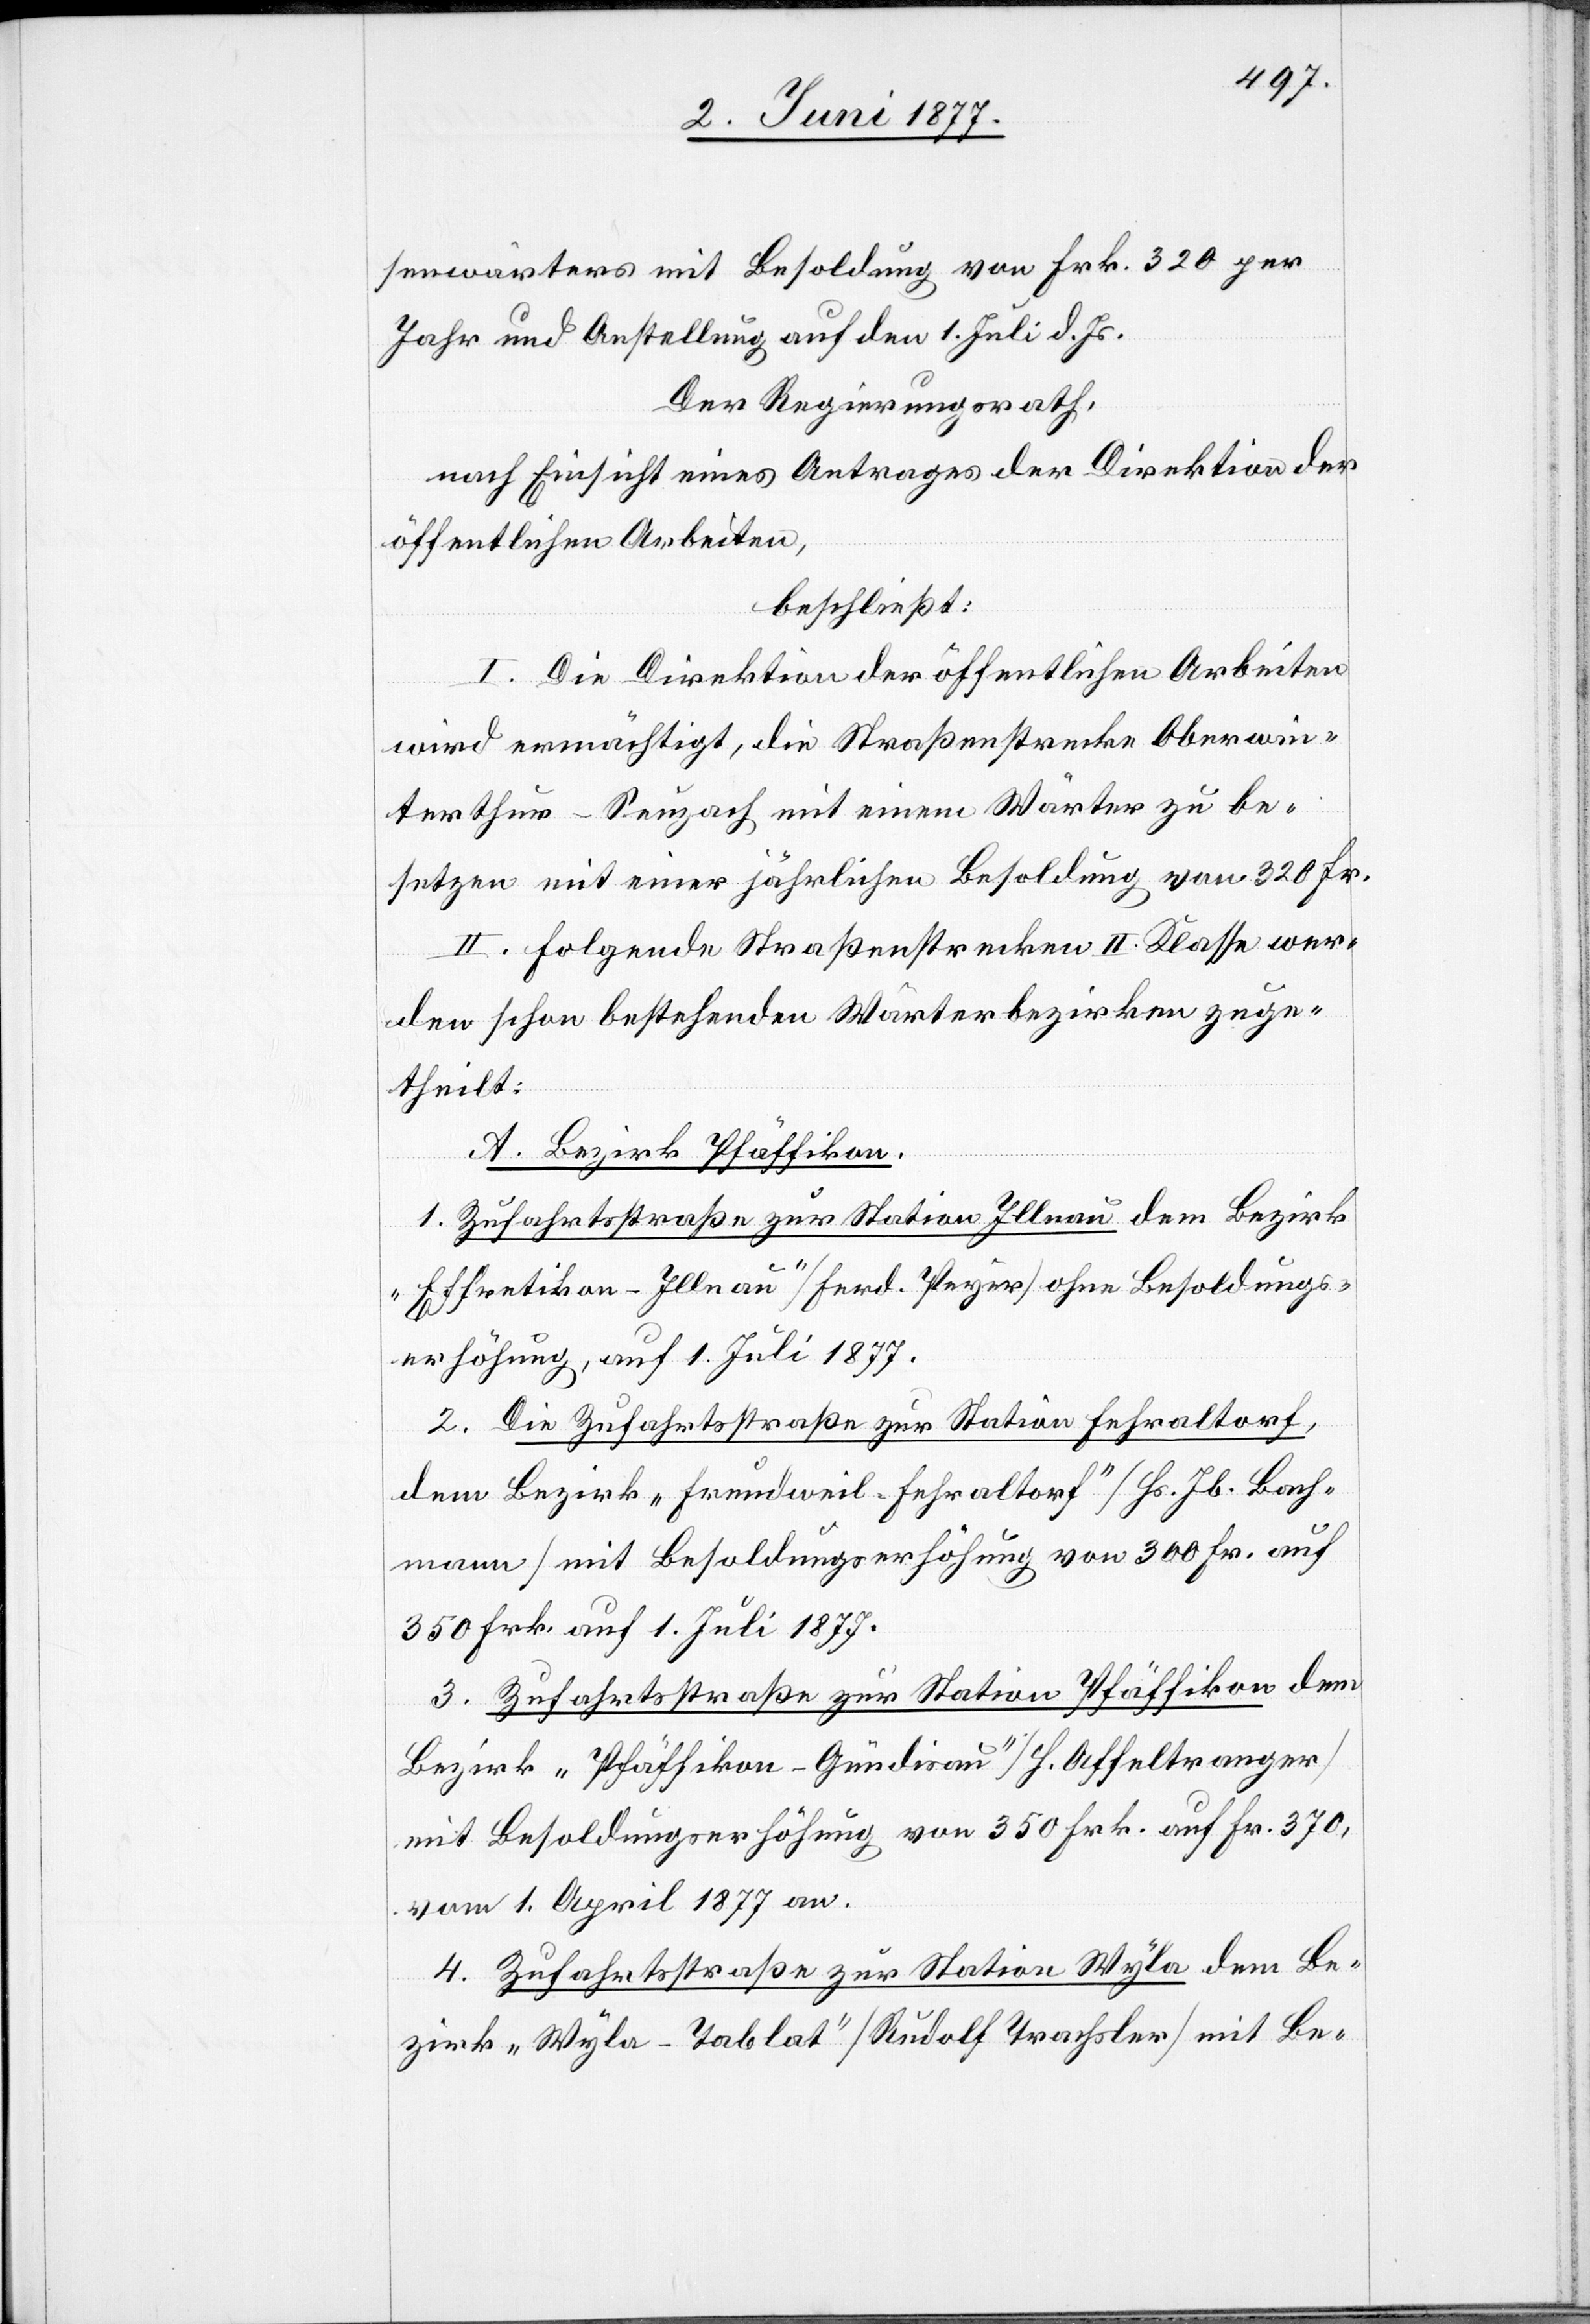
senwärters mit Besoldung von Frk. 320 per
Jahr und Anstellung auf den 1. Juli d. Js.
Der Regierungsrath,
nach Einsicht eines Antrages der Direktion der
öffentlichen Arbeiten,
beschließt:
I. Die Direktion der öffentlichen Arbeiten
wird ermächtigt, die Straßenstrecke Oberwin¬
terthur–Seuzach mit einem Wärter zu be¬
setzen mit einer jährlichen Besoldung von 320 Fr.
II. Folgende Straßenstrecken II. Klasse wer¬
den schon bestehenden Wärterbezirken zuge¬
theilt:
A. Bezirk Pfäffikon.
1. Zufahrtsstraße zur Station Illnau dem Bezirk
„Effretikon-Illnau“ [Ferd. Peyer] ohne Besoldungs¬
erhöhung, auf 1. Juli 1877.
2. Die Zufahrtsstraße zur Station Fehraltorf
dem Bezirk „Freudweil-Fehraltorf“ [Hs. Jb. Bach¬
mann] mit Besoldungserhöhung von 300 Fr. auf
350 Fr. auf 1. Juli 1877.
3. Zufahrtsstraße zur Station Pfäffikon dem
Bezirk „Pfäffikon-Gündisau“ [H. Affeltranger]
mit Besoldungserhöhung von 350 Frk. auf Fr. 370,
vom 1. April 1877 an.
4. Zufahrtsstraße zur Station Wyla dem Be¬
zirk „Wyla-Tablat“ [Rudolf Trachsler] mit Be-